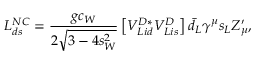
{ \cal L } _ { d s } ^ { N C } = \frac { g c _ { W } } { 2 \sqrt { 3 - 4 s _ { W } ^ { 2 } } } \left[ V _ { L i d } ^ { D * } V _ { L i s } ^ { D } \right] \bar { d } _ { L } \gamma ^ { \mu } s _ { L } Z _ { \mu } ^ { \prime } ,